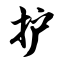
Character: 护